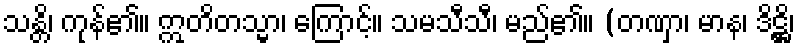
သန္တိ၊ ကုန်၏။ ဣတိတသ္မာ၊ ကြောင့်။ သမသီသီ၊ မည်၏။ (တဏှာ၊ မာန၊ ဒိဋ္ဌိ၊